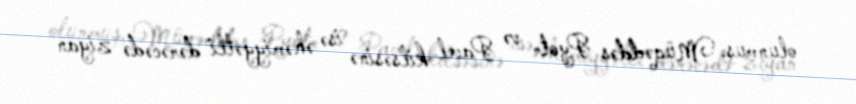
olunmuş, Müqəddəs Pyotr və Pavel kilsəsinə isə əhəmiyyətli dərəcədə ziyan